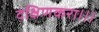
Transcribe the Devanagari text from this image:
दक्षिणकरा।।।